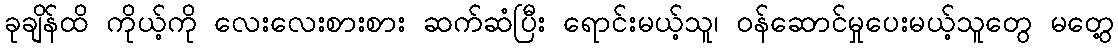
ခုချိန်ထိ ကိုယ့်ကို လေးလေးစားစား ဆက်ဆံပြီး ရောင်းမယ့်သူ၊ ဝန်ဆောင်မှုပေးမယ့်သူတွေ မတွေ့